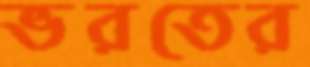
ভরতের